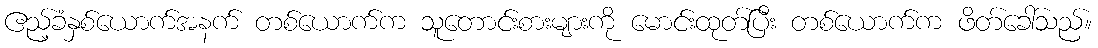
ဧည့်ခံနှစ်ယောက်အနက် တစ်ယောက်က သူတောင်းစားများကို မောင်းထုတ်ပြီး တစ်ယောက်က ဖိတ်ခေါ်သည်။